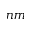
n m